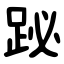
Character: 䟤